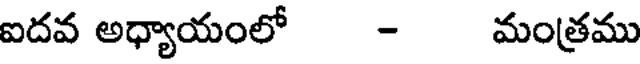
ఐదవ అధ్యాయంలో - మంత్రము